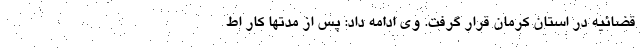
قضائیه در استان کرمان قرار گرفت. وی ادامه داد: پس از مدتها کار اط